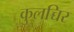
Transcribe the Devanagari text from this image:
कुलच्चिर